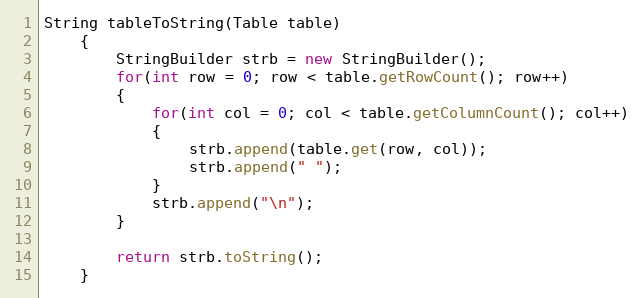
Language: Java
String tableToString(Table table)
    {
    	StringBuilder strb = new StringBuilder();
    	for(int row = 0; row < table.getRowCount(); row++)
    	{
    		for(int col = 0; col < table.getColumnCount(); col++)
    		{
    			strb.append(table.get(row, col));
    			strb.append(" ");
    		}
    		strb.append("\n");
    	}

    	return strb.toString();
    }